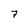
Character: 7